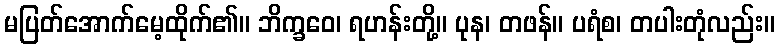
မပြတ်အောက်မေ့ထိုက်၏။ ဘိက္ခဝေ၊ ရဟန်းတို့။ ပုန၊ တဖန်။ ပရံစ၊ တပါးတုံလည်း။